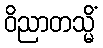
ဝိညာတသ္မိံ